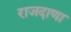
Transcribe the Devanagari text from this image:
राजदाणा